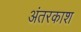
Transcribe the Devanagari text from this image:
अंतरकाश